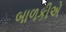
બાળકીએ